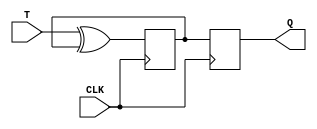
module t_ff (
    input wire T, // Toggle input
    input wire CLK, // Clock input
    output reg Q // Output
);

reg Q_int;

// Master flip-flop
always @(posedge CLK)
    Q_int <= T ^ Q_int;

// Slave flip-flop
always @(negedge CLK)
    Q <= Q_int;

endmodule